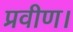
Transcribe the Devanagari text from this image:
प्रवीण।